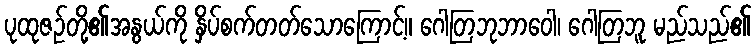
ပုထုဇဉ်တို့၏အနွယ်ကို နှိပ်စက်တတ်သောကြောင့်။ ဂေါတြဘုဘာဝေါ၊ ဂေါတြဘူ မည်သည်၏